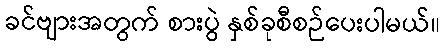
ခင်ဗျားအတွက် စားပွဲ နှစ်ခုစီစဉ်ပေးပါမယ်။